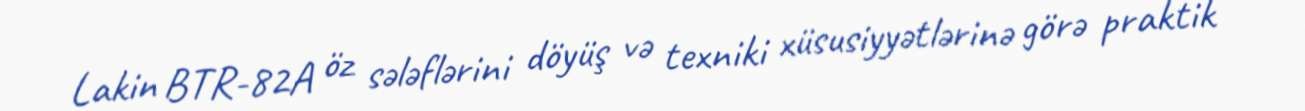
Lakin BTR-82A öz sələflərini döyüş və texniki xüsusiyyətlərinə görə praktik